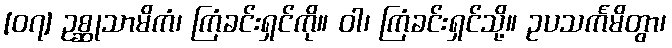
[၀၇] ဥစ္ဆုသာမိကံ၊ ကြံခင်းရှင်ကို။ ဝါ၊ ကြံခင်းရှင်သို့။ ဥပသင်္ကမိတွာ၊